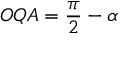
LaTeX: O Q A = { \frac { \pi } { 2 } } - \alpha